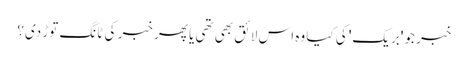
خبر جو 'بریک' کی کیا وہ اس لائق بھی تھی یا پھر خبر کی ٹانگ توڑ دی؟